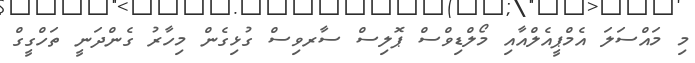
މި މައްސަލަ އެމްޕީއެލްއާއި މޯލްޑިވްސް ޕޮލިސް ސާރވިސް ގުޅިގެން މިހާރު ގެންދަނީ ތަހްގީގް